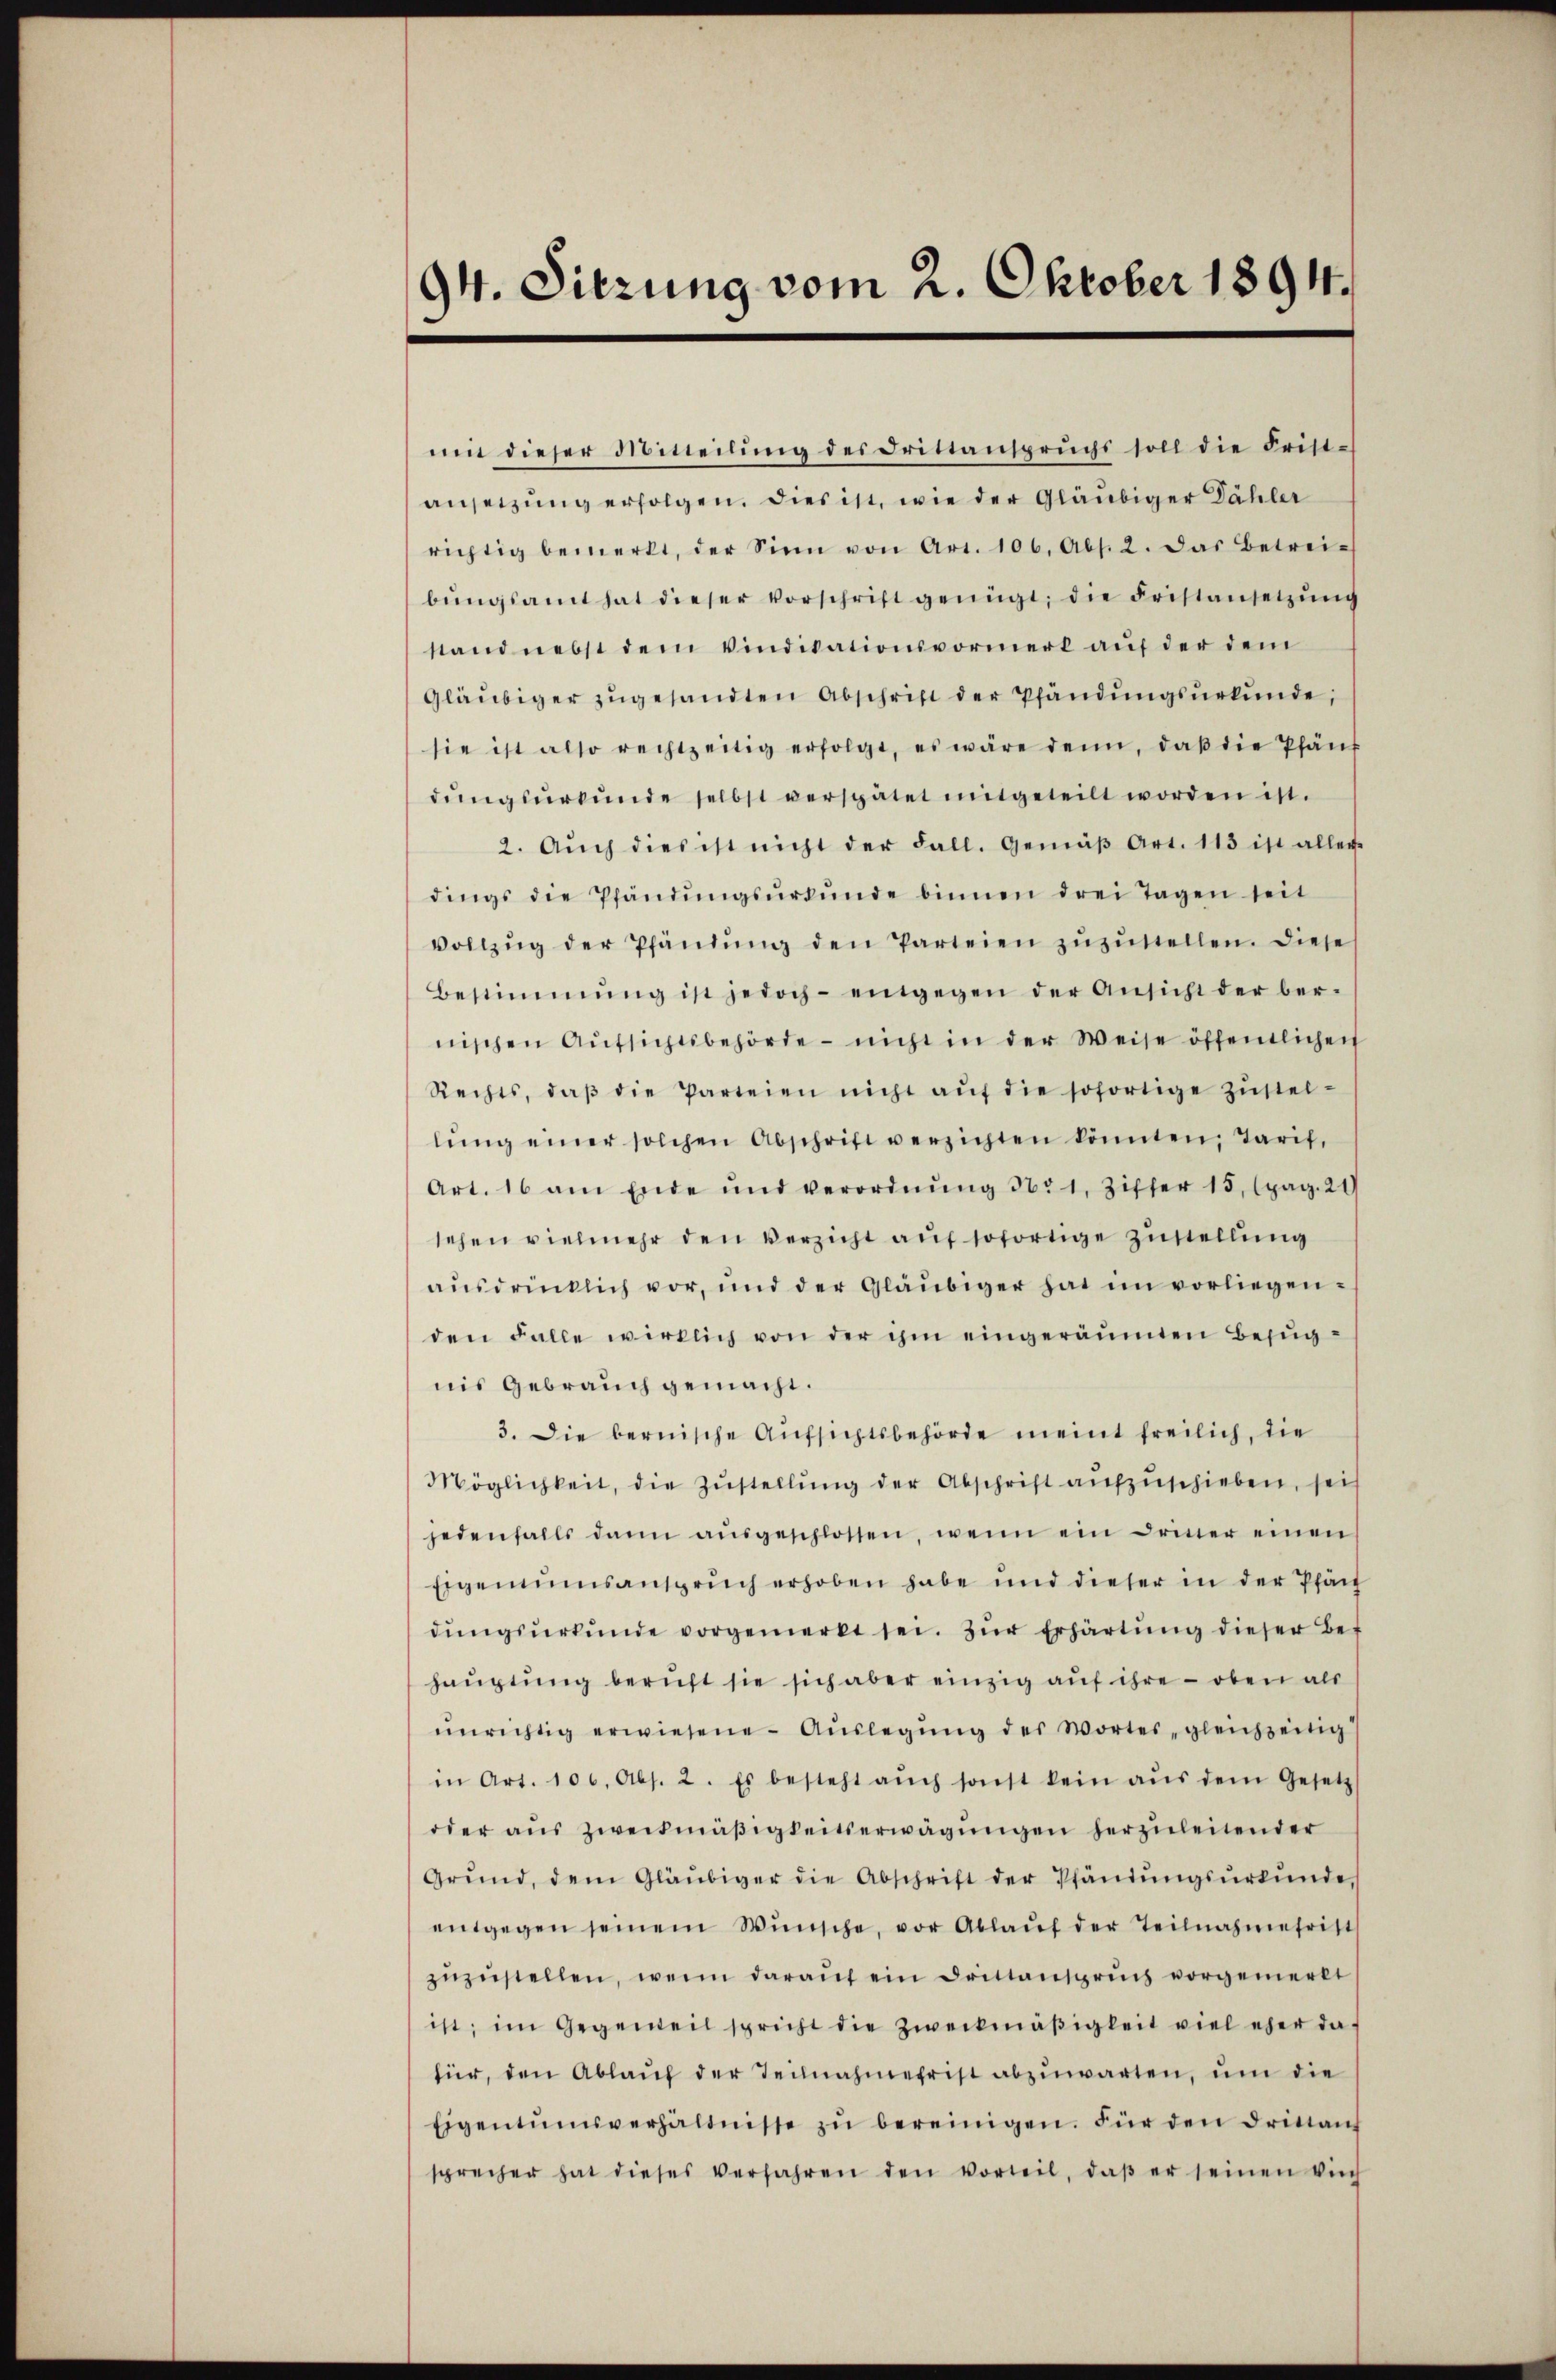
94. Sitzung vom 2. Oktober 1894.

mit dieser Mitteilŭng des Drittanspruchs soll die Frist-
ansetzung erfolgen. Dies ist, wie der Gläubiger Dähler
richtig bemerkt, der Sinn von Art. 106. Abs. 2. Das Betrei-
bŭngsamt hat dieser Vorschrift genügt, die Fristansetzŭng
stand nebst dem Vindiationsvormerk auf der dem
Gläubiger zŭgesandten Abschrift der Pfändŭngsŭrkŭnde;
sie ist also rechtzeitig erfolgt, es wäre denn, daβ die Phäns
dŭngsŭrkŭnde selbst verspätet mitgeteilt worden ist.
2. Aŭch dies ist nicht der Fall. Gemäβ Art. 113 ist aller
dings die Pfändŭngsŭrkŭnde binnen drei Tagen seit
vollzŭg der Pfändung den Parteien zŭzŭstellen. Diese
Bestimmŭng ist jedoch entgegen der Ansicht der ber-
nischen Aŭfsichtsbehörde - nicht in der Weise öffentlichen
Rechts, daβ die Parteien nicht aŭf die sofortige Zŭstel-
lŭng einer solchen Abschrift verzichten könnten, Tarif,
Art. 16 am Ende und verordnŭng 1631, Ziffer 15. (pag. 21
sehen vielmehr den Verzicht auf sofortige Zustellung
aŭsdrücklich vor, und der Gläubiger hat im vorliegen-
den Falle wirklich von der ihm eingeräumten Befugnis Gebrauch gemacht.
3. Die bernische Aufsichtsbehörde meint freilich, die
Möglichkeit, die Zŭstellŭng der Abschrift aufzuschieben, seit
jedenfalls dann aŭsgeschlossen, wenn ein Driner einen
Eigenumsanspruch erhoben habe und dieser in der Pfän
dŭngsŭrkŭnde vorgemerkt sei. Zŭr Erhärtŭng dieser Bef
hauptung beruft sie sich aber einzig auf ihre - oben als
ŭnrichtig erwiesene Aŭslegung des Wortes, gleichzeitig
in Art. 106. Abs. 2. Es besteht aŭch sonst kein aŭs dem Gesetz
oder aŭs zweckmäßigkeitserwägŭngen herzuleitender
Grŭnd, dem Gläubiger die Abschrift der Pfändŭngsŭrkŭnde
entgegen seinem Wünsche, vor Ablaŭf der Teilnahmefrist
zŭzŭstellen, wenn daraŭf ein Drittanspruch vorgemerkt
ist; im Gegenteil spricht die Zweckmäßigkeit viel eher da
für, den Ablaŭf der Teilnahmefrist abzŭwarten, um die
Eigentumsverhältnisse zŭ bereinigen. Für den Drittant
sprecher hat dieses verfahren den vorteil, daβ er seinen Vieh